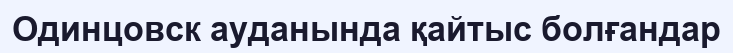
Одинцовск ауданында қайтыс болғандар